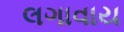
લગાવાય